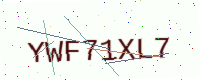
Text: YWF71XL7